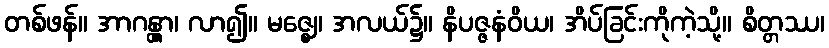
တစ်ဖန်။ အာဂန္တွာ၊ လာ၍။ မဇ္ဈေ၊ အလယ်၌။ နိပဇ္ဇနံဝိယ၊ အိပ်ခြင်းကိုကဲ့သို့။ စိတ္တဿ၊